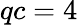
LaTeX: qc=4